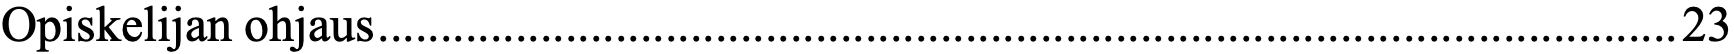
Opiskelijan ohjaus ........................................................................................................ 23